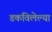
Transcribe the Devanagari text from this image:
डकविलेल्या